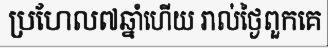
ប្រហែល៧ឆ្នាំហើយ រាល់ថ្ងៃពួកគេ